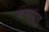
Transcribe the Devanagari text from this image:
कमाइणु